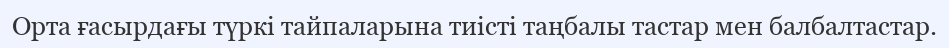
Орта ғасырдағы түркі тайпаларына тиісті таңбалы тастар мен балбалтастар.